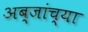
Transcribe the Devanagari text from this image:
अब्जांच्या